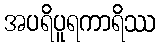
အပရိပူရကာရိဿ